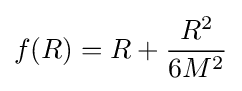
f(R)=R+{\frac {R^{2}}{6M^{2}}}